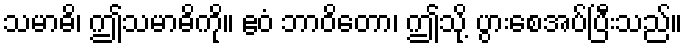
သမာဓိ၊ ဤသမာဓိကို။ ဧဝံ ဘာဝိတော၊ ဤသို့ ပွားစေအပ်ပြီးသည်။